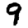
Digit: 9